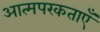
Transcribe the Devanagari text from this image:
आत्मपरकताएँ